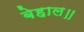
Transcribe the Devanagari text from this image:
बेहाल॥